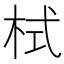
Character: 栻